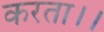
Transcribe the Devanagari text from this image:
करता।।